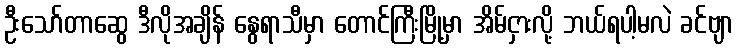
ဦးသော်တာဆွေ ဒီလိုအချိန် နွေရာသီမှာ တောင်ကြီးမြို့မှာ အိမ်ငှားလို့ ဘယ်ရပါ့မလဲ ခင်ဗျာ